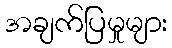
အချက်ပြမှုများ